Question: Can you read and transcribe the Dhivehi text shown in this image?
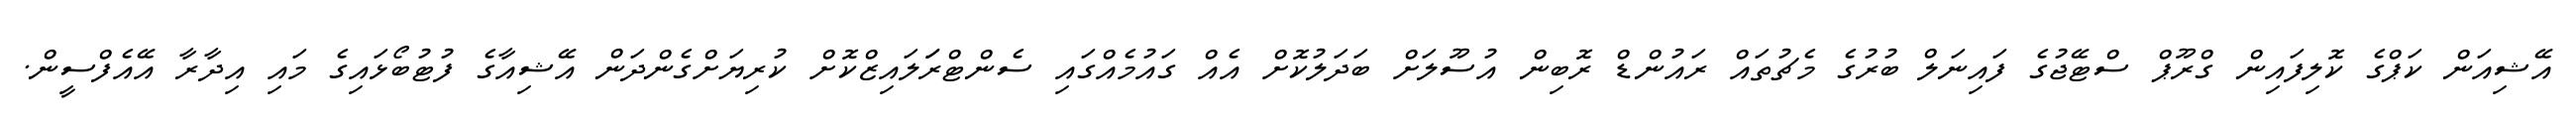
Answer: އޭޝިއަން ކަޕްގެ ކޮލިފައިން ގްރޫޕް ސްޓޭޖުގެ ފައިނަލް ބުރުގެ މެޗުތައް ރައުންޑް ރޮބިން އުސޫލަށް ބަދަލުކޮށް އެއް ގައުމެއްގައި ސެންޓްރަަލައިޒްކޮށް ކުރިޔަށްގެންދަން އޭޝިއާގެ ފުޓުބޯޅައިގެ މައި އިދާރާ އޭއެފްސީން.